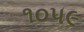
૧૦૫૯